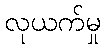
လုယက်မှု